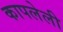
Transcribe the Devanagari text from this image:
कापलेली